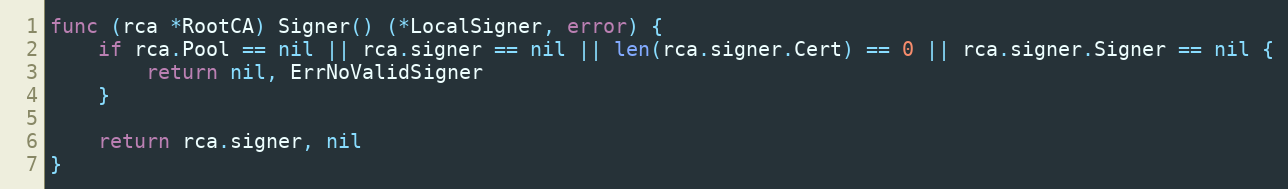
Language: Go
func (rca *RootCA) Signer() (*LocalSigner, error) {
	if rca.Pool == nil || rca.signer == nil || len(rca.signer.Cert) == 0 || rca.signer.Signer == nil {
		return nil, ErrNoValidSigner
	}

	return rca.signer, nil
}